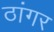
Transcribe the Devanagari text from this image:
ठांगर